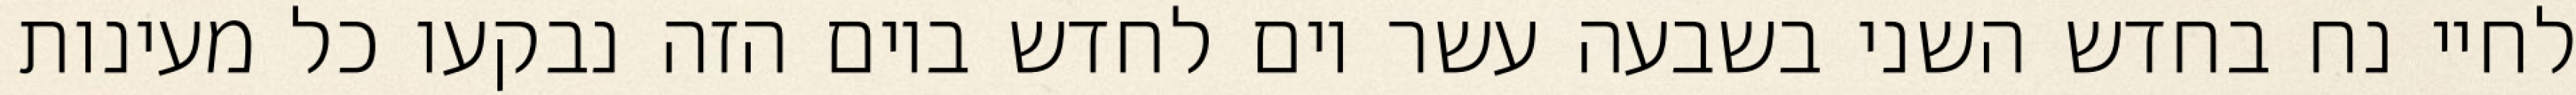
לחיי נח בחדש השני בשבעה עשר יום לחדש ביום הזה נבקעו כל מעינות